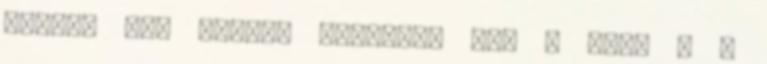
Battle for Light, Mermaid, You I Need , a